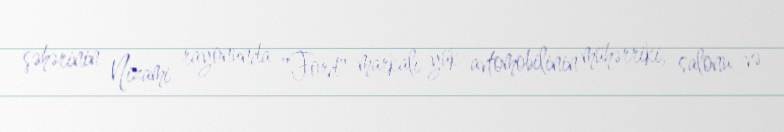
şəhərinin Nizami rayonunda "Ford" markalı yük avtomobilinin mühərriki, salonu və